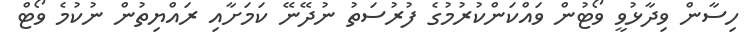
ހިސާން ވިދާޅުވީ ވޯޓުން ވައްކަންކުރުމުގެ ފުރުސަތު ނުދޭނޭ ކަމަށާއި ރައްޔިތުން ނުކުމެ ވޯޓް